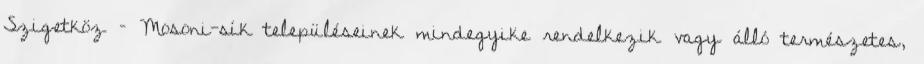
Szigetköz – Mosoni-sík településeinek mindegyike rendelkezik vagy álló természetes,